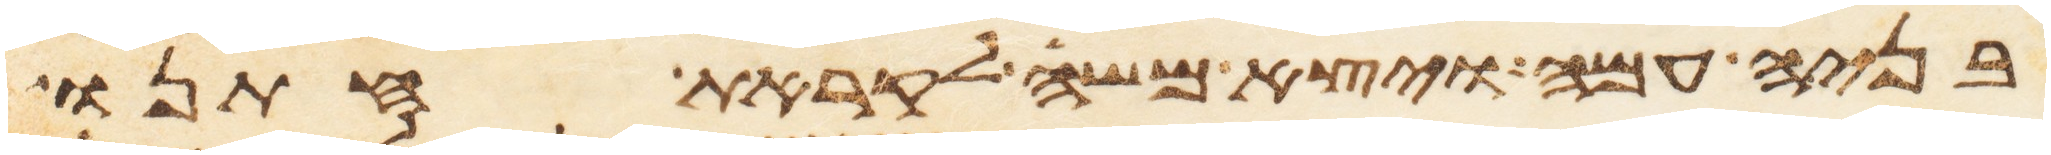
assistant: בניה עמה ויצא משה לקראת חתנו